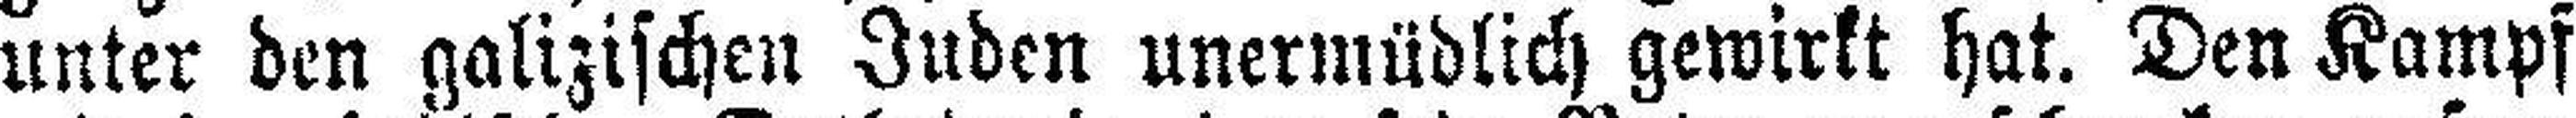
unter den galizischen Juden unermüdlich gewirkt hat. Den Kampf